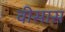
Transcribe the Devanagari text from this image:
वीसास